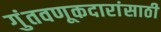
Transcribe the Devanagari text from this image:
गुंतवणूकदारांसाठी